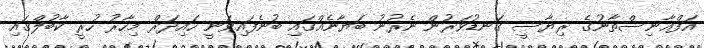
އަފްޣާނިސްތާނުގެ ރިޔާސީ ގަނޑުވަރުން ނެރުނު ބަޔާނެއްގައި ބުނެފައިވަނީ ހައިދަރް މިހާރު ހުރީ ކާބުލްގައި